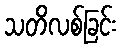
သတိလစ်ခြင်း